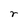
Character: r